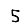
Digit: 5